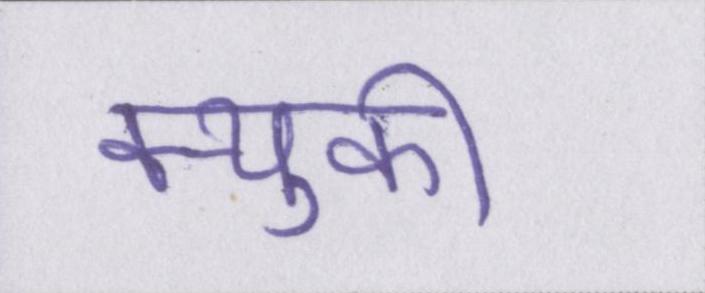
क्युकी